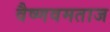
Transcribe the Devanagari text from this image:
वैष्णवमताज